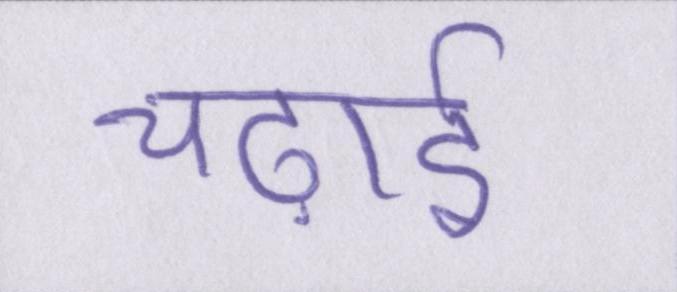
चढ़ाई